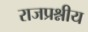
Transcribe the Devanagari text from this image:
राजप्रश्नीय